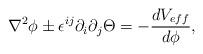
LaTeX: \begin{align*}\nabla^{2}\phi\pm\epsilon^{ij}\partial_{i}\partial_{j}\Theta=-\frac{dV_{eff}}{d\phi},\end{align*}